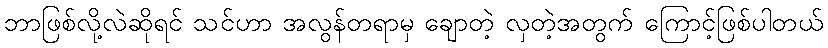
ဘာဖြစ်လို့လဲဆိုရင် သင်ဟာ အလွန်တရာမှ ချောတဲ့ လှတဲ့အတွက် ကြောင့်ဖြစ်ပါတယ်